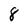
Character: 8